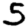
Digit: 5